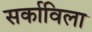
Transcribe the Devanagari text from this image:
सर्काविला